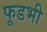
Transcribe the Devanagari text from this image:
फूडभी